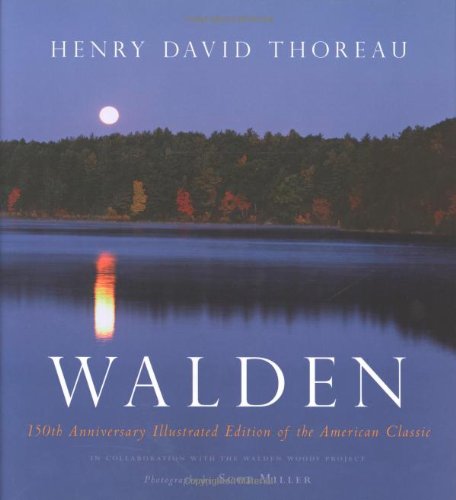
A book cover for Walden: 150th Anniversary Illustrated Edition of the American Classic; Henry David Thoreau; Literature & Fiction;